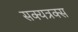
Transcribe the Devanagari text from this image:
सक्यत्रक्स